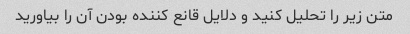
متن زیر را تحلیل کنید و دلایل قانع کننده بودن آن را بیاورید